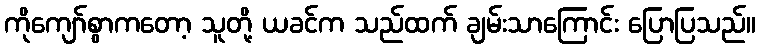
ကိုကျော်စွာကတော့ သူတို့ ယခင်က သည်ထက် ချမ်းသာကြောင်း ပြောပြသည်။